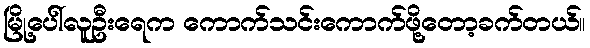
မြို့ပေါ်လူဦးရေက ကောက်သင်းကောက်ဖို့တော့ခက်တယ်။